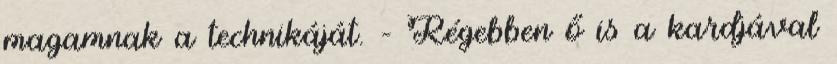
magamnak a technikáját. – Régebben ő is a kardjával